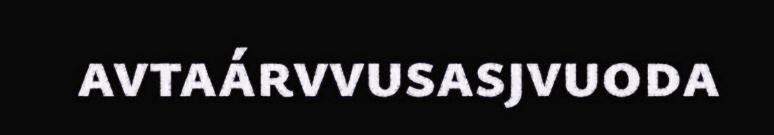
avtaárvvusasjvuoda